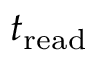
t _ { \mathrm { r e a d } }